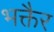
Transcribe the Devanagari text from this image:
भक्तैर